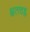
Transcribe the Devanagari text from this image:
क्षतचह्न